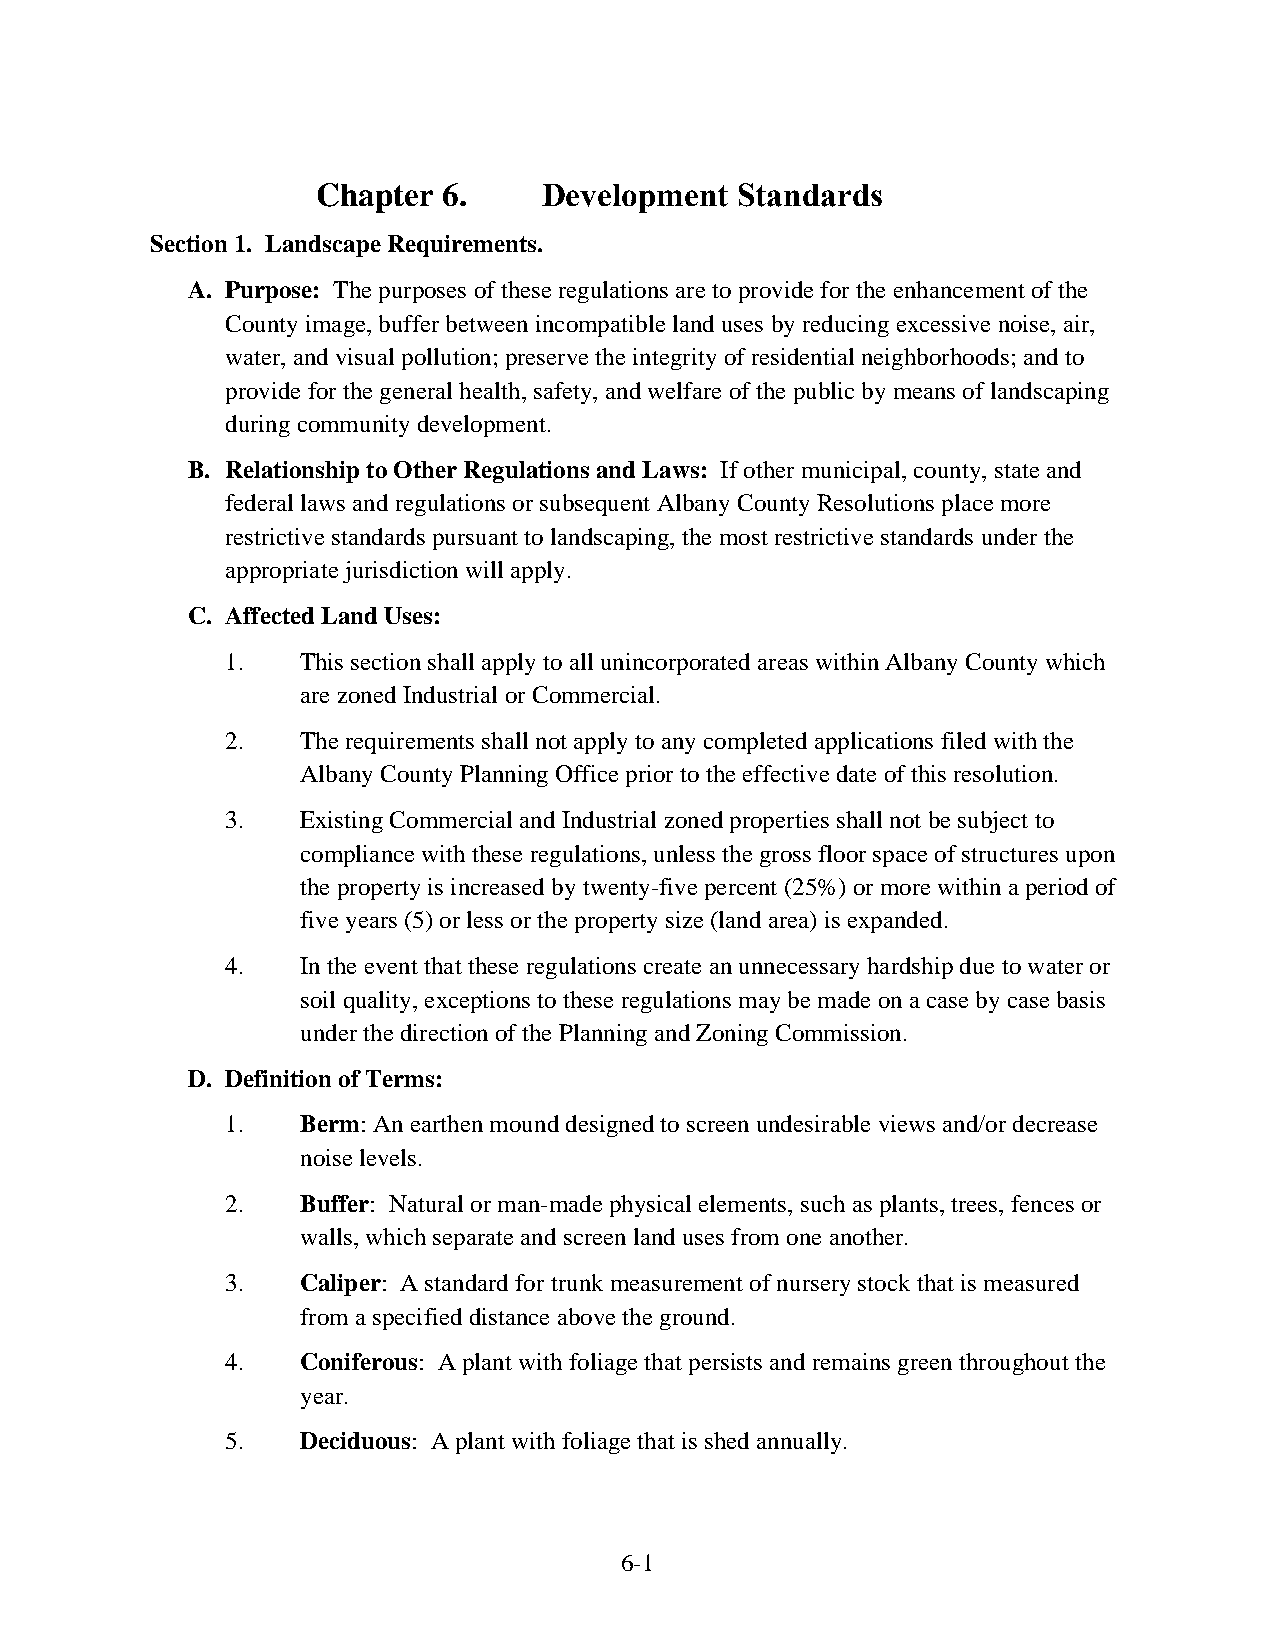
Chapter 6.     Development  Standards
 Section 1. Landscape Requirements.
 A. Purpose: The purposes of these regulations are to provide for the enhancement of the
 County image, buffer between incompatible land uses by reducing excessive noise, air,
 water, and visual pollution; preserve the integrity of residential neighborhoods; and to
 provide for the general health, safety, and welfare of the public by means of landscaping
 during community development.
 B. Relationship to Other Regulations and Laws: If other municipal, county, state and
 federal laws and regulations or subsequent Albany County Resolutions place more
 restrictive standards pursuant to landscaping, the most restrictive standards under the
 appropriate jurisdiction will apply.
 C. Affected Land Uses:
 1.   This section shall apply to all unincorporated areas within Albany County which
 are zoned Industrial or Commercial.
 2.   The requirements shall not apply to any completed applications filed with the
 Albany County Planning Office prior to the effective date of this resolution.
 3.   Existing Commercial and Industrial zoned properties shall not be subject to
 compliance with these regulations, unless the gross floor space of structures upon
 the property is increased by twenty-five percent (25%) or more within a period of
 five years (5) or less or the property size (land area) is expanded.
 4.   In the event that these regulations create an unnecessary hardship due to water or
 soil quality, exceptions to these regulations may be made on a case by case basis
 under the direction of the Planning and Zoning Commission.
 D. Definition of Terms:
 1.   Berm: An earthen mound designed to screen undesirable views and/or decrease
 noise levels.
 2.   Buffer: Natural or man-made physical elements, such as plants, trees, fences or
 walls, which separate and screen land uses from one another.
 3.   Caliper: A standard for trunk measurement of nursery stock that is measured
 from a specified distance above the ground.
 4.   Coniferous: A plant with foliage that persists and remains green throughout the
 year.
 5.   Deciduous: A plant with foliage that is shed annually.
 6-1